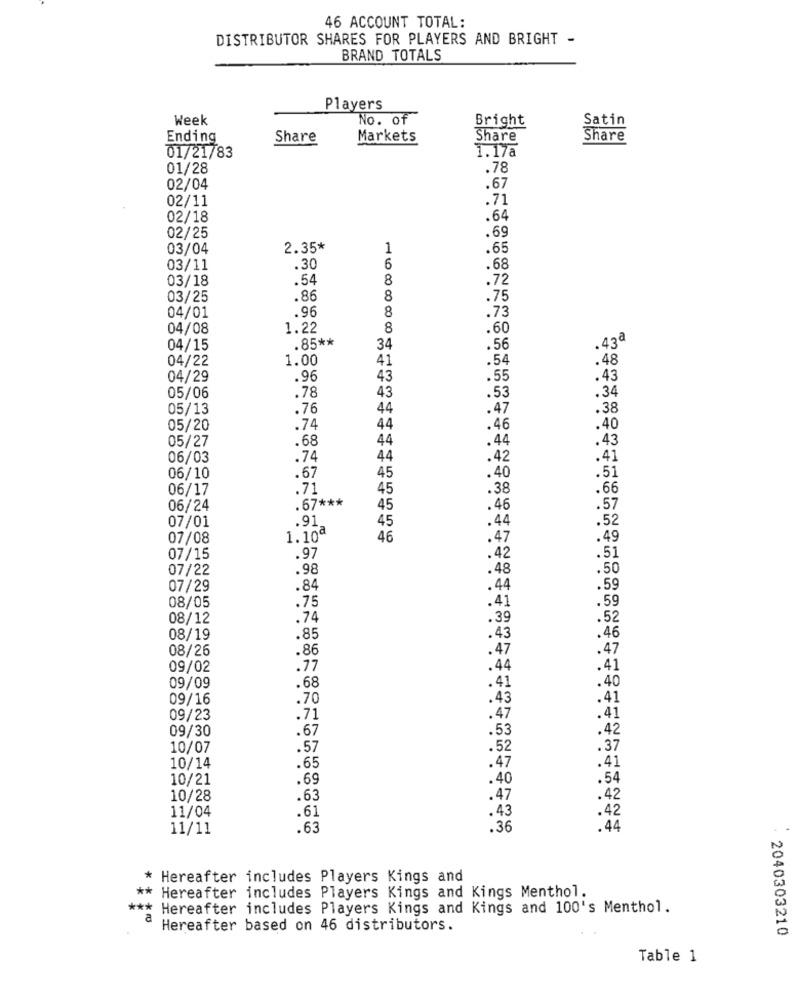
46 ACCOUNT TOTAL:
DISTRIBUTOR SHARES FOR PLAYERS AND BRIGHT -
BRAND TOTALS
Players
Week
No. of
Bright
Satin
Ending
Share
Markets
Share
Share
01/21/83
1.17a
01/28
.78
02/04
.67
02/11
.71
02/18
.64
02/25
.69
03/04
2.35*
1
.65
03/11
.30
6
.68
03/18
.54
8
.72
03/25
.86
8
.75
.96
04/01
8
.73
04/08
1.22
8
.60
.85 **
.43ª
04/15
34
.56
04/22
1.00
41
.48
.54
04/29
.96
43
.55
.43
.78
.34
05/06
43
.53
05/13
.76
44
.47
.38
05/20
.74
44
.46
.40
.68
44
.44
.43
05/27
06/03
.74
44
.42
.41
06/10
.67
45
.40
.51
06/17
.71
45
.38
.66
.67 ***
06/24
45
.46
.57
.91
45
.44
.52
07/01
07/08
1.10ª
46
.47
.49
07/15
.97
.42
.51
07/22
.98
.48
.50
07/29
.84
.44
.59
08/05
.75
.41
.59
08/12
.74
.39
.52
08/19
.85
.43
.46
08/26
.86
.47
.47
09/02
.77
.44
.41
09/09
.68
.41
.40
09/16
.70
.43
.41
09/23
.71
.47
.41
09/30
.67
.53
.42
10/07
.57
.52
.37
10/14
.65
.47
.41
10/21
.69
.40
.54
10/28
.63
.47
.42
11/04
. 43
.42
.61
11/11
.63
.36
.44
Hereafter includes Players Kings and
** Hereafter includes Players Kings and Kings Menthol.
*** Hereafter includes Players Kings and Kings and 100's Menthol.
a
Hereafter based on 46 distributors.
2040303210
Table 1